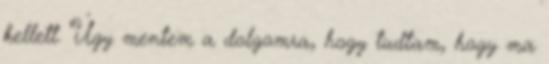
kellett. Úgy mentem a dolgomra, hogy tudtam, hogy ma